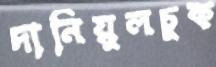
দানিয়ুলচুক